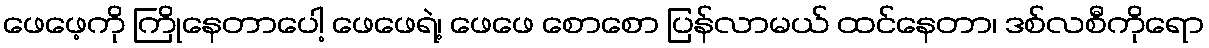
ဖေဖေ့ကို ကြိုနေတာပေါ့ ဖေဖေရဲ့၊ ဖေဖေ စောစော ပြန်လာမယ် ထင်နေတာ၊ ဒစ်လစီကိုရော